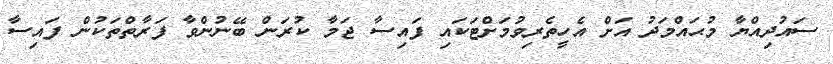
ސައުދިއްޔާ މުޙައްމަދު އަށް އެހީތެރިވުމަށްޓަކައި ފައިސާ ޖަމާ ކުރަން ބޭނުންވާ ފަރާތްތަކުން ފައިސާ